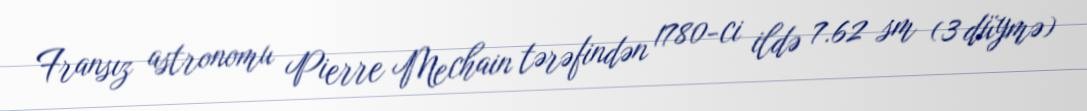
Fransız astronomu Pierre Mechain tərəfindən 1780-ci ildə 7.62 sm (3 düymə)